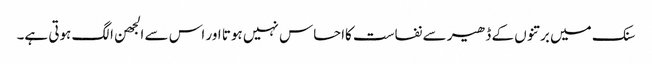
سنک میں برتنوں کے ڈھیر سے نفاست کااحساس نہیں ہوتا اور اس سے الجھن الگ ہوتی ہے۔